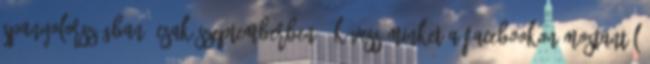
Spa­nyol­or­szág­ban, csak szep­tem­ber­ben » Kövess minket a Facebookon Mostantól